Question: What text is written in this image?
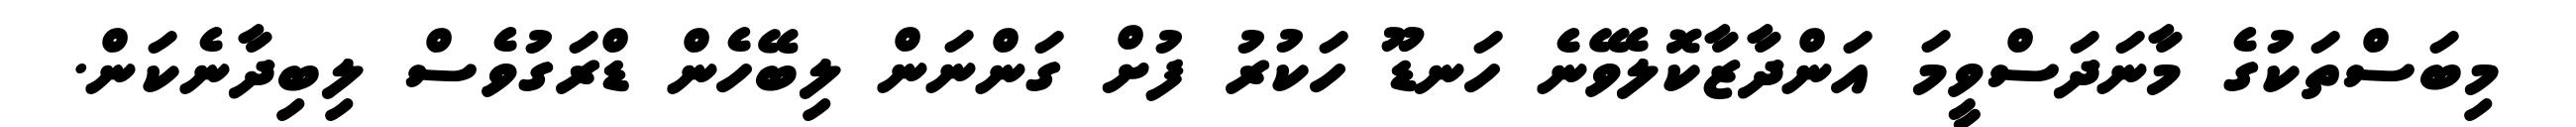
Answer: މިބަސްތަކުގެ މާނަދަސްވީމަ އަންދާޒާކޮލެވޭނެ ހަނޑޫ ހަކުރު ފުށް ގަންނަން ލިބޭހެން ޑްރަގުވެސް ލިބިދާނެކަން.